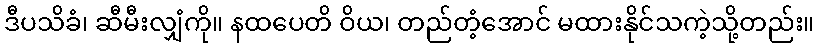
ဒီပသိခံ၊ ဆီမီးလျှံကို။ နထပေတိ ဝိယ၊ တည်တံ့အောင် မထားနိုင်သကဲ့သို့တည်း။